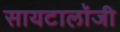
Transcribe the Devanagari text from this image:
सायटालॉजी